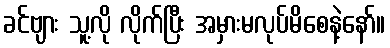
ခင်ဗျား သူ့လို လိုက်ပြီး အမှားမလုပ်မိစေနဲ့နော်။